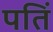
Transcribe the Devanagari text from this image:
पतिं